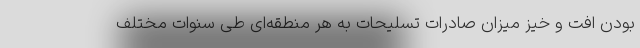
بودن افت و خیز میزان صادرات تسلیحات به هر منطقه‌ای طی سنوات مختلف